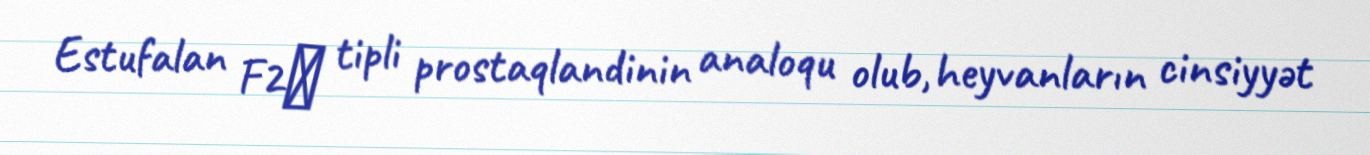
Estufalan F2α tipli prostaqlandinin analoqu olub, heyvanların cinsiyyət